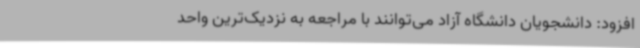
افزود: دانشجویان دانشگاه آزاد می‌توانند با مراجعه به نزدیک‌ترین واحد